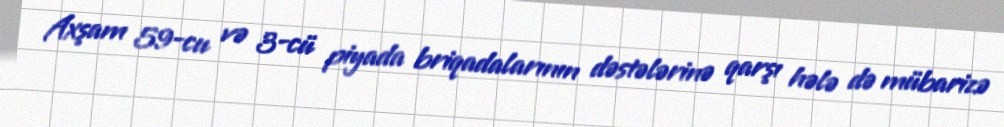
Axşam 59-cu və 3-cü piyada briqadalarının dəstələrinə qarşı hələ də mübarizə